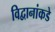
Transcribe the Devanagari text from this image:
विद्वानांकडे